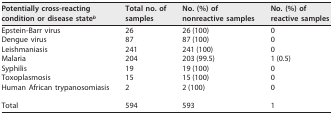
<table><thead><tr><td><b>Potentially cross-reacting condition or disease state<sup><i>b</i></sup></b></td><td><b>Total no. of samples</b></td><td><b>No. (%) of nonreactive samples</b></td><td><b>No. (%) of reactive samples</b></td></tr></thead><tbody><tr><td>Epstein-Barr virus</td><td>26</td><td>26 (100)</td><td>0</td></tr><tr><td>Dengue virus</td><td>87</td><td>87 (100)</td><td>0</td></tr><tr><td>Leishmaniasis</td><td>241</td><td>241 (100)</td><td>0</td></tr><tr><td>Malaria</td><td>204</td><td>203 (99.5)</td><td>1 (0.5)</td></tr><tr><td>Syphilis</td><td>19</td><td>19 (100)</td><td>0</td></tr><tr><td>Toxoplasmosis</td><td>15</td><td>15 (100)</td><td>0</td></tr><tr><td>Human African trypanosomiasis</td><td>2</td><td>2 (100)</td><td>0</td></tr><tr><td>Total</td><td>594</td><td>593</td><td>1</td></tr></tbody></table>